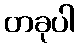
တခုပါ